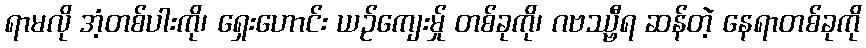
ရာမလို အံ့တစ်ပါးကို၊ ရှေးဟောင်း ယဉ်ကျေးမ်ှု တစ်ခုကို၊ ဂဗဿ္ဗီရ ဆန်တဲ့ နေရာတစ်ခုကို